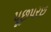
પૂછપરછ